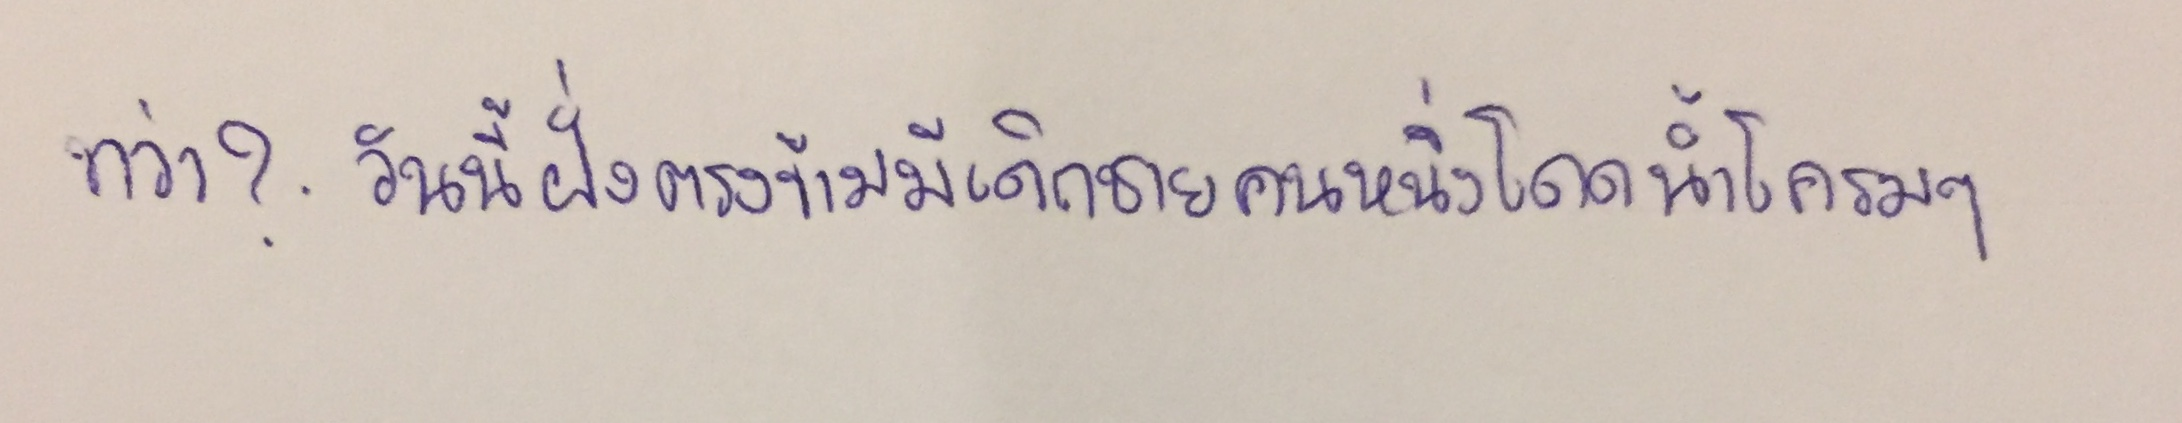
ทว่า?.วันนี้ฝั่งตรงข้ามมีเด็กชายคนหนึ่งโดดน้ำโครมๆ